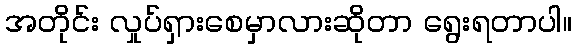
အတိုင်း လှုပ်ရှားစေမှာလားဆိုတာ ရွေးရတာပါ။